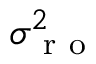
\sigma _ { \mathrm { ~ r ~ o ~ } } ^ { 2 }